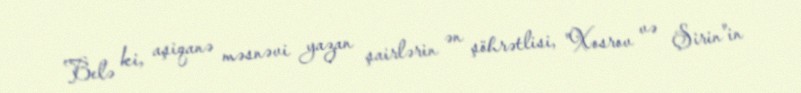
Belə ki, aşiqanə məsnəvi yazan şairlərin ən şöhrətlisi, "Xosrov və Şirin"in